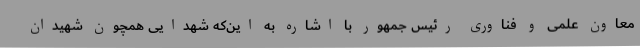
معاون علمی و فناوری رئیس جمهور با اشاره به این‌که شهدایی همچون شهیدان